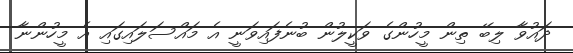
ދައުވާ ލިބޭ ތިން މީހުންގެ ވަކީލުން ބުނެފައިވަނީ އެ މައްސަލައިގައި އެ މީހުންނާ